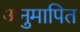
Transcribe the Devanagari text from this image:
अनुमापित